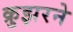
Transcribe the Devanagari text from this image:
क्रुझरने